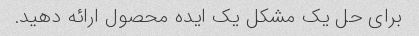
برای حل یک مشکل یک ایده محصول ارائه دهید.